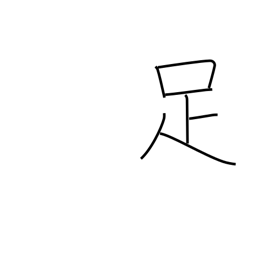
Meaning: be sufficient